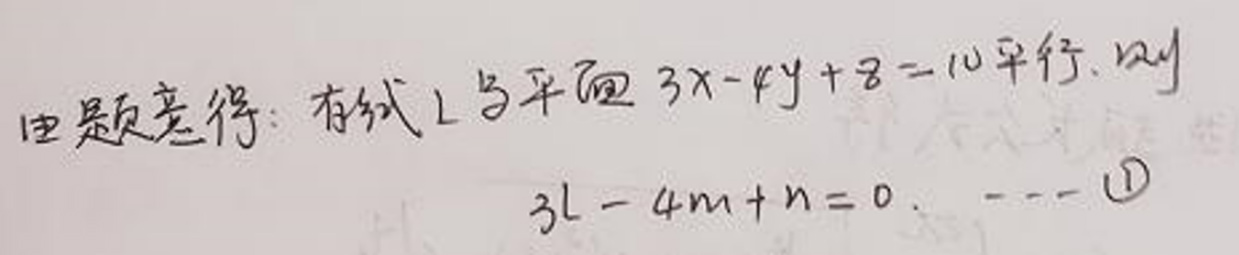
由题意得：直线$L$与平面$3x - 4y + z = 10$平行，则
\[3l - 4m + n = 0. \quad \text{\textcircled{1}}\]